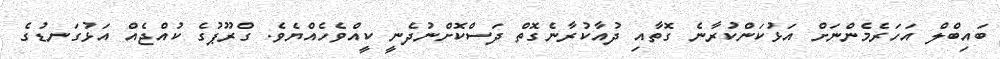
ބައިބްލް އަހަރެމެންނަށް އަޅުކަންކުރާނެ ގޮތާއި ދުއާކުރާނެގޮތް ދަސްކޮށްނުދެނީ ކީއްވެހެއްޔެވެ. ގްރޫޕުގެ ކުއްޖެއް އަޅުގަނޑުގެ